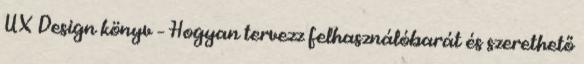
UX Design könyv – Hogyan tervezz felhasználóbarát és szerethető